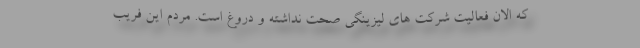
که الان فعالیت شرکت های لیزینگی صحت نداشته و دروغ است. مردم این فریب